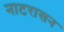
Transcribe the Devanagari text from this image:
नाटरासन